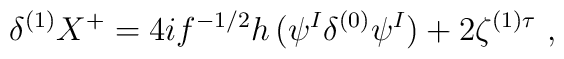
\delta^{(1)} X^+ = 4 i f^{-1/2} h \,  ( \psi^I \delta^{(0)} \psi^I)                  + 2 \zeta^{(1)\tau} ~,